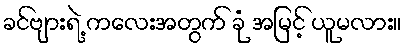
ခင်ဗျားရဲ့ ကလေးအတွက် ခုံ အမြင့် ယူမလား။